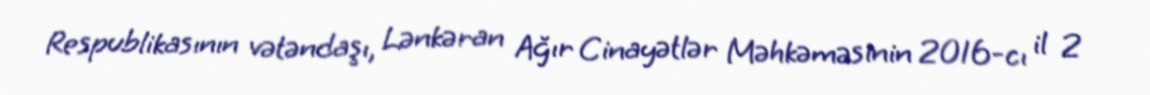
Respublikasının vətəndaşı, Lənkəran Ağır Cinayətlər Məhkəməsinin 2016-cı il 2